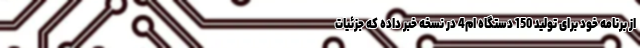
از برنامه خود برای تولید 150 دستگاه ام4 در نسخه خبر داده که جزئیات